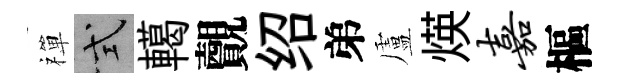
禪式轕覿绍弟盧煐嘉樞